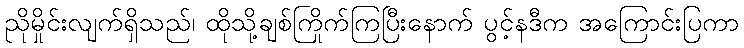
ညိုမှိုင်းလျက်ရှိသည်၊ ထိုသို့ချစ်ကြိုက်ကြပြီးနောက် ပွင့်နဒီက အကြောင်းပြကာ